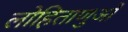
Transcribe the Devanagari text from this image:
लोहिताणुओं